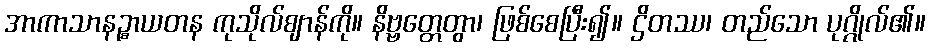
အာကာသာနဉ္စာယတန ကုသိုလ်ဈာန်ကို။ နိဗ္ဗတ္တေတွာ၊ ဖြစ်စေပြီး၍။ ဌိတဿ၊ တည်သော ပုဂ္ဂိုလ်၏။